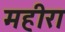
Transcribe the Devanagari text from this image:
महीरा